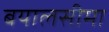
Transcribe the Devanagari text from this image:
बयालसीमा